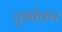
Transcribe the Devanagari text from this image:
चुभोकर